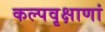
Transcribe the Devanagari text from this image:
कल्पवृक्षाणां